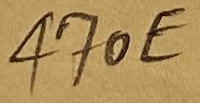
Text: 470E